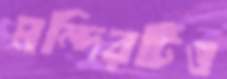
মন্দিরটিও